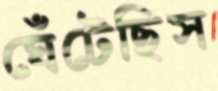
ঘেঁটেছিস